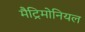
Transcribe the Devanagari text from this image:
मैट्रिमोनियल